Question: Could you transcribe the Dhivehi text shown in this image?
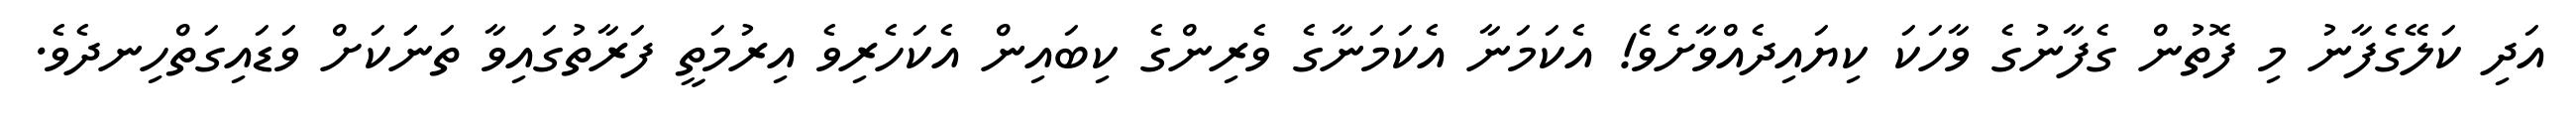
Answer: އަދި ކަލޭގެފާނު މި ފޮތުން ގެފާނުގެ ވާހަކަ ކިޔައިދެއްވާށެވެ! އެކަމަނާ އެކަމަނާގެ ވެރިންގެ ކިބައިން އެކަހެރިވެ އިރުމަތީ ފަރާތުގައިވާ ތަނަަކަށް ވަޑައިގަތްހިނދެވެ.